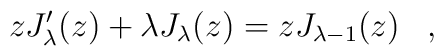
zJ_\lambda^\prime (z)+\lambda J_\lambda(z)=zJ_{\lambda-1}(z)\;\;\;,